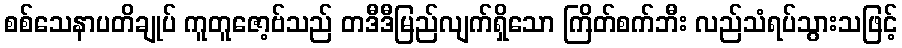
စစ်သေနာပတိချုပ် ကူတူဇော့ဗ်သည် တဒီဒီမြည်လျက်ရှိသော ကြိတ်စက်ဘီး လည်သံရပ်သွားသဖြင့်